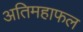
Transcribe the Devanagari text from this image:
अतिमहाफल